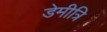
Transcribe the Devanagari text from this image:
डेमीत्रि